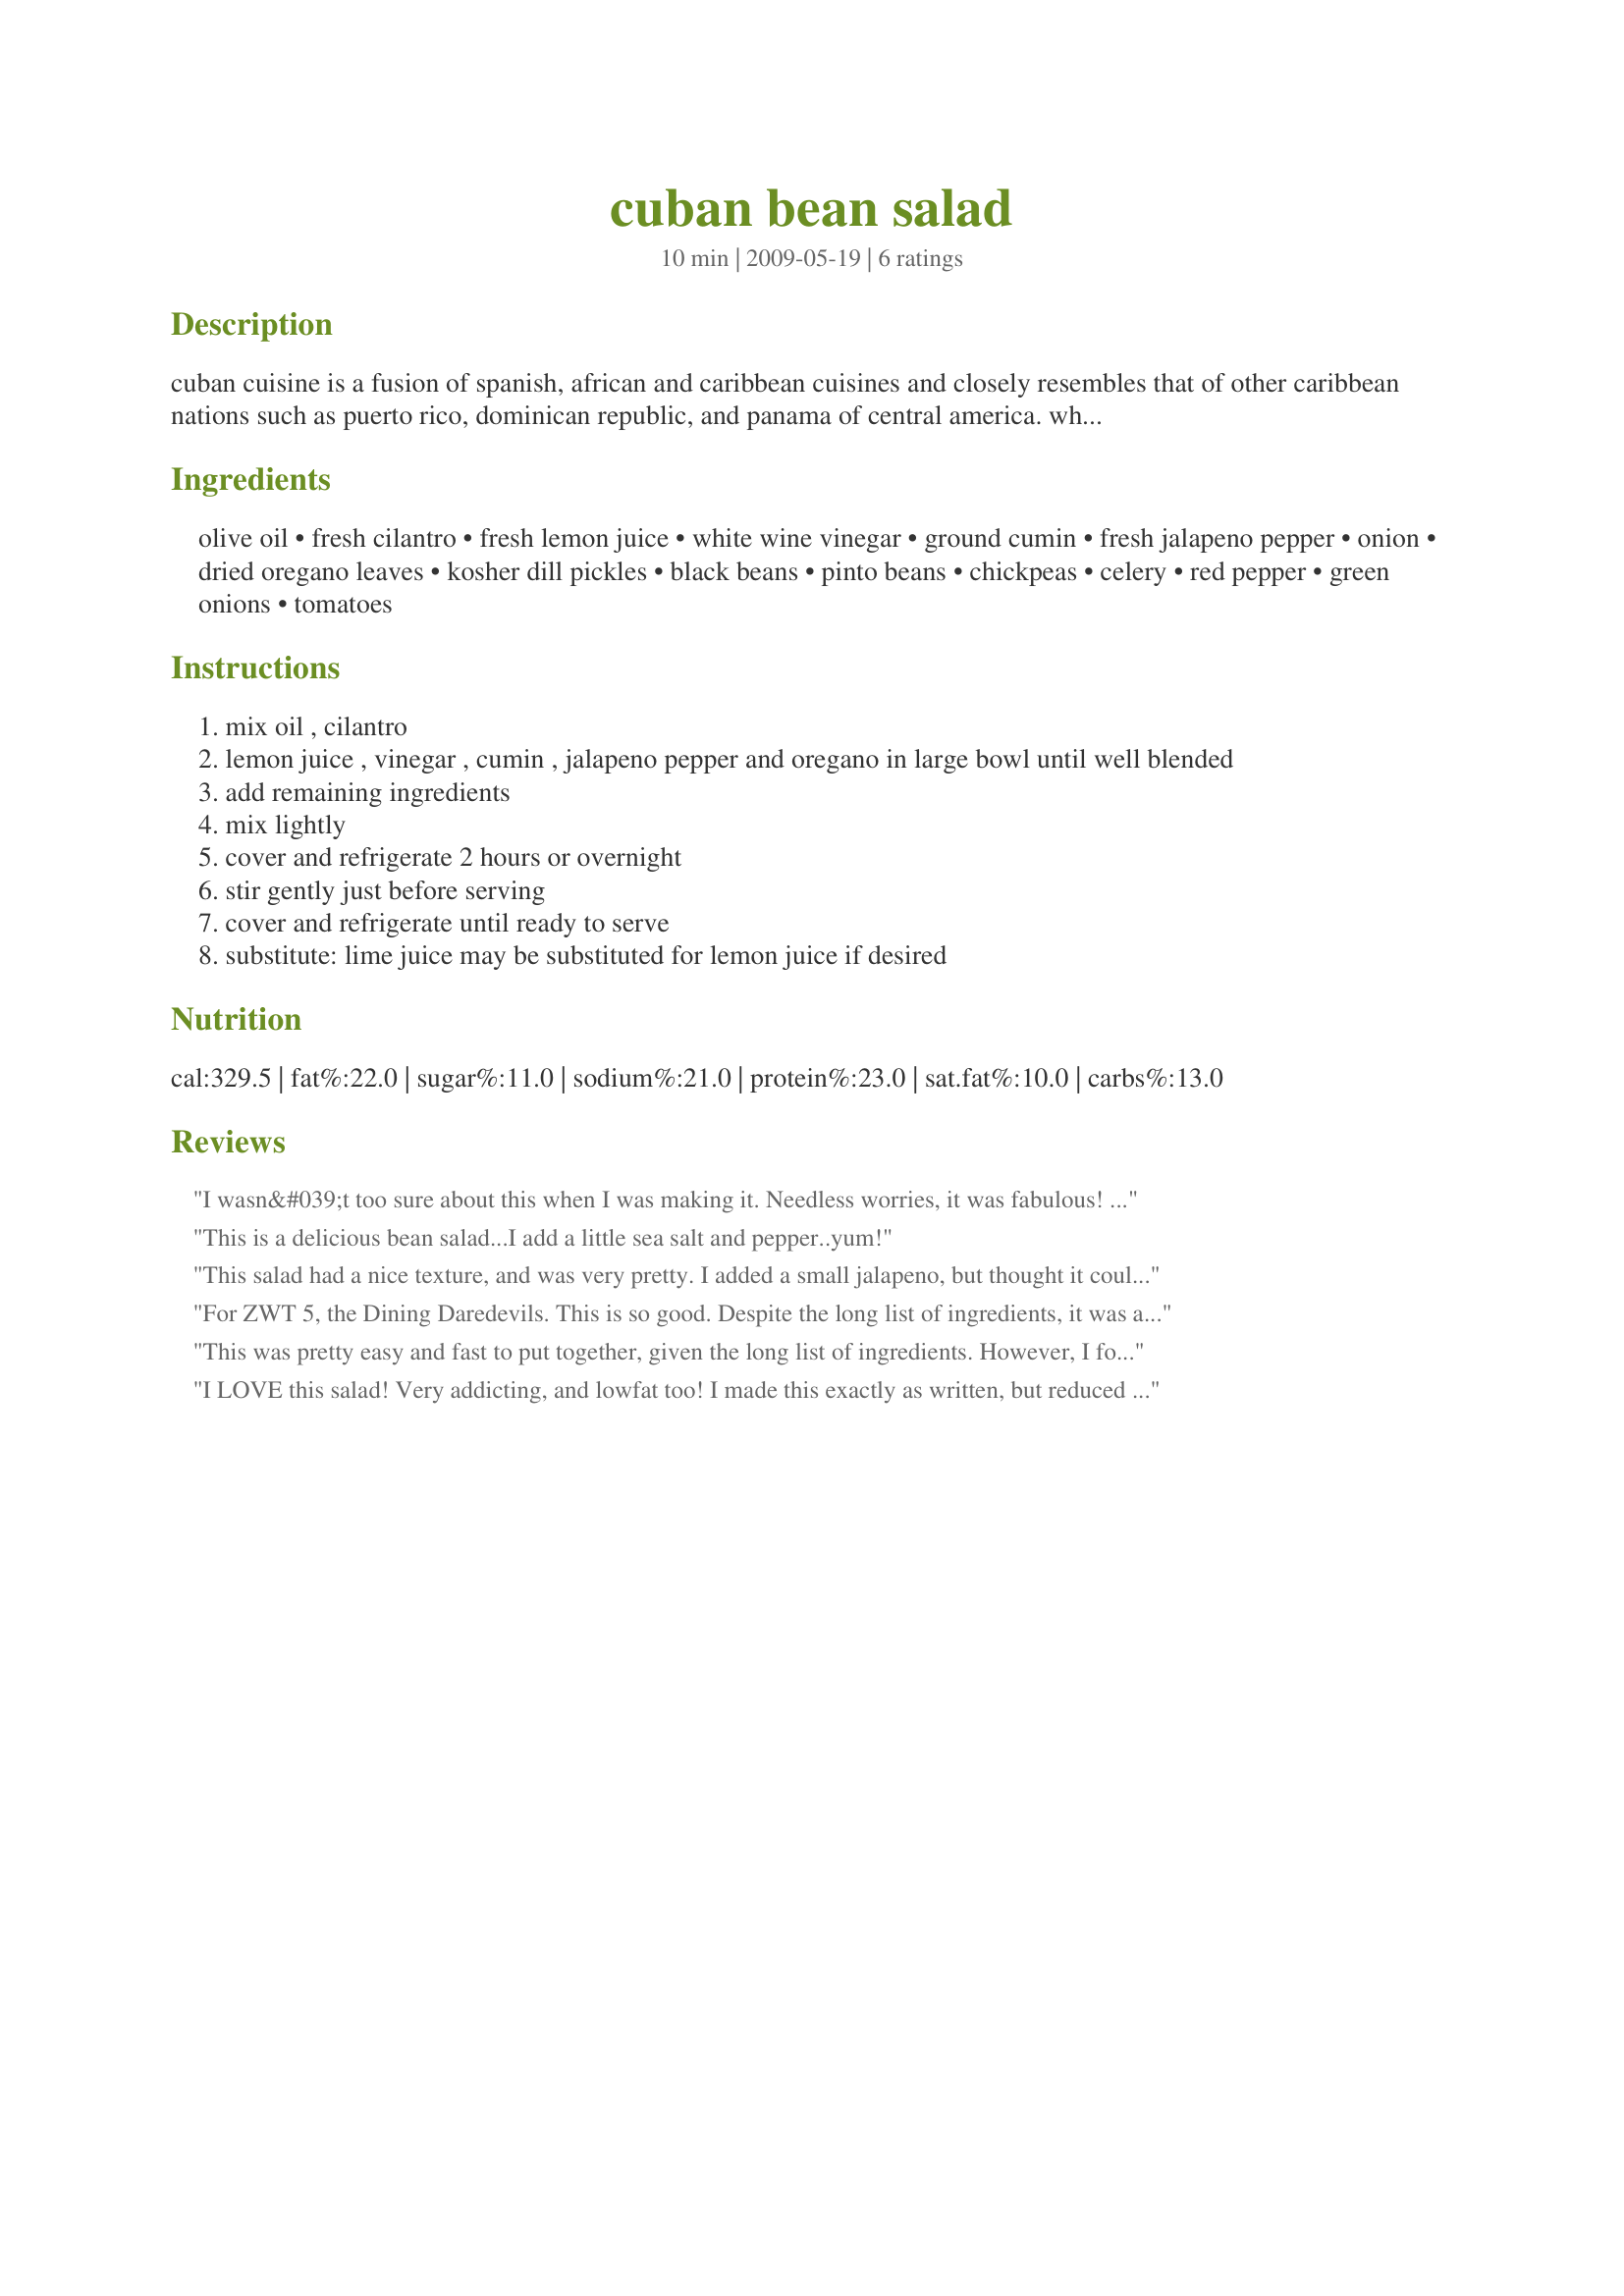
cuban bean salad
Preparation time: 10 minutes

cuban cuisine is a fusion of spanish, african and caribbean cuisines and closely resembles that of other caribbean nations such as puerto rico, dominican republic, and panama of central america. while various parts of the island were influenced by many different immigrants, the cuban cuisines developed locally, from the influences and demographics specific to each area. prep time = cook time. recipe from www.tasteofcuba.com/courtesy of kraft foods and posted for zwt5.

Ingredients:
olive oil, fresh cilantro, fresh lemon juice, white wine vinegar, ground cumin, fresh jalapeno pepper, onion, dried oregano leaves, kosher dill pickles, black beans, pinto beans, chickpeas, celery, red pepper, green onions, tomatoes

Steps:
mix oil , cilantro
lemon juice , vinegar , cumin , jalapeno pepper and oregano in large bowl until well blended
add remaining ingredients
mix lightly
cover and refrigerate 2 hours or overnight
stir gently just before serving
cover and refrigerate until ready to serve
substitute: lime juice may be substituted for lemon juice if desired

Reviews:
I wasn&#039;t too sure about this when I was making it. Needless worries, it was fabulous! DH and I both loved it! I will be making this one again and again!
This is a delicious bean salad...I add a little sea salt and pepper..yum!
This salad had a nice texture, and was very pretty. I added a small jalapeno, but thought it could have used more. I also upped the cumin a bit. Since BF doesn't like cilantro, I substituted parsely and added some coriander (which is just dried cilantro, but for some reason that doesn't bother him). I also reduced the olive oil to a tablespoon or two. It tasted better the next day:) Made for ZWT Chow Hounds.
For ZWT 5, the Dining Daredevils. This is so good. Despite the long list of ingredients, it was actually quick to make. I love the mix of everything in it, just wonderful.
This was pretty easy and fast to put together, given the long list of ingredients. However, I found that is was not quite as flavorful as I would have liked. Maybe it is just a simple matter of adding salt and pepper to taste. I will definitely try this again, though. Made for ZWT5 by a Groovy GastroGnome.
I LOVE this salad! Very addicting, and lowfat too! I made this exactly as written, but reduced the oil to 1/3 cup. I loved the crunchiness and tanginess from the pickles. This goes with anything from burgers and dogs to chicken to fishI think I could eat this everyday. I'll make this a lot over the summer. Thanx for posting!
